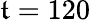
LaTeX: \mathfrak{t}=120